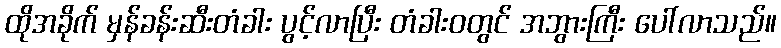
ထိုအခိုက် မှန်ခန်းဆီးတံခါး ပွင့်လာပြီး တံခါးဝတွင် အဘွားကြီး ပေါ်လာသည်။